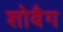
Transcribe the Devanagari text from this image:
शोबैग